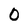
Character: O